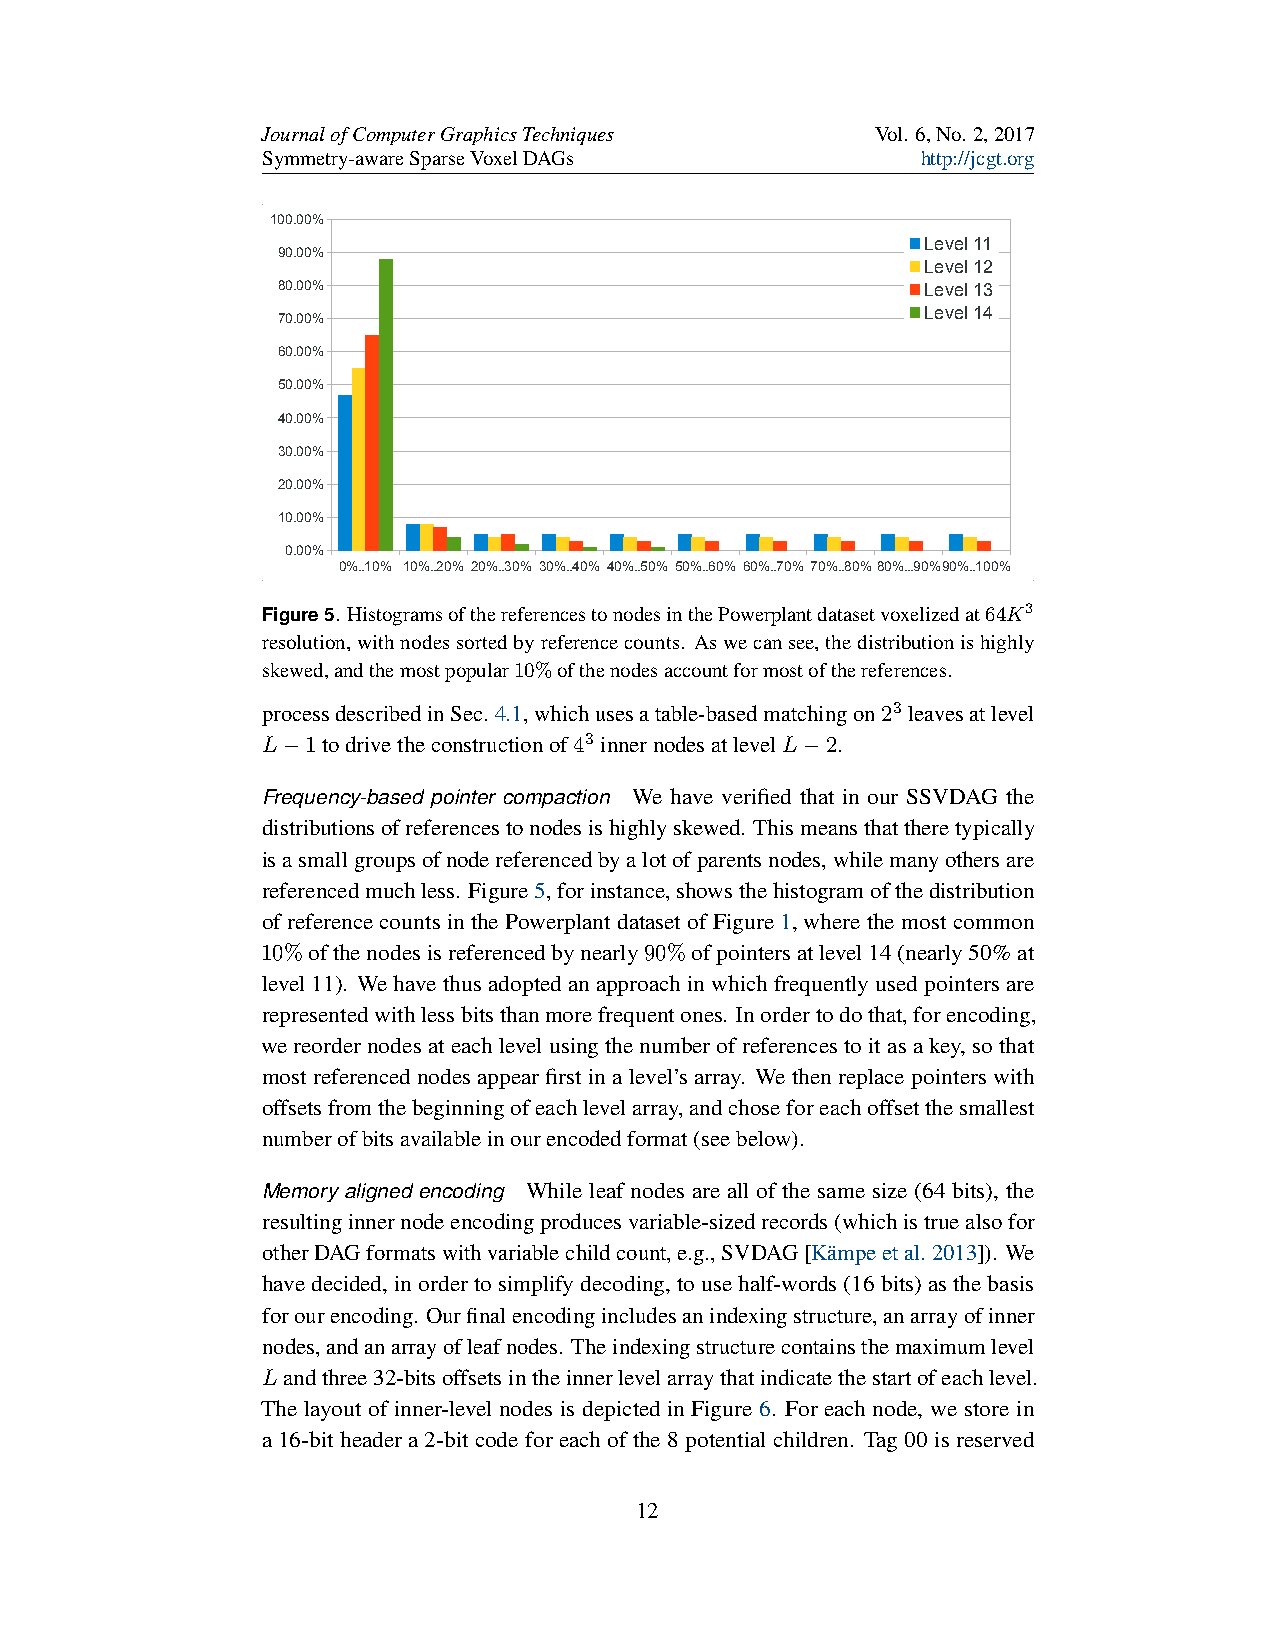
JournalofComputerGraphicsTechniques      Vol. 6,No. 2,2017
 Symmetry-awareSparseVoxelDAGs               http://jcgt.org
 100.00%
 Level 11
 90.00%
 Level 12
 80.00%                                     Level 13
 Level 14
 70.00%
 60.00%
 50.00%
 40.00%
 30.00%
 20.00%
 10.00%
 0.00%
 0%..10% 10%..20% 20%..30% 30%..40% 40%..50% 50%..60% 60%..70% 70%..80%80%...90%90%..100%
 Figure5. HistogramsofthereferencestonodesinthePowerplantdatasetvoxelizedat64K3
 resolution,withnodessortedbyreferencecounts. Aswecansee,thedistributionishighly
 skewed,andthemostpopular10%ofthenodesaccountformostofthereferences.
 processdescribedinSec.4.1,whichusesatable-basedmatchingon23 leavesatlevel
 L−1todrivetheconstructionof43 innernodesatlevelL−2.
 Frequency-based pointer compaction We have verified that in our SSVDAG the
 distributionsofreferencestonodesishighlyskewed. Thismeansthattheretypically
 isasmallgroupsofnodereferencedbyalotofparentsnodes,whilemanyothersare
 referencedmuchless. Figure5,forinstance,showsthehistogramofthedistribution
 of reference counts in the Powerplant dataset of Figure 1, where the most common
 10%ofthenodesisreferencedbynearly90%ofpointersatlevel14(nearly50%at
 level11). Wehavethus adoptedanapproachinwhichfrequentlyusedpointers are
 representedwithlessbitsthanmorefrequentones. Inordertodothat,forencoding,
 wereordernodesateachlevelusingthenumberofreferencestoitasakey, sothat
 most referenced nodes appear first in a level’s array. We then replace pointers with
 offsetsfromthebeginningofeachlevelarray,andchoseforeachoffsetthesmallest
 numberofbitsavailableinourencodedformat(seebelow).
 Memory aligned encoding While leaf nodes are all of the same size (64 bits), the
 resultinginnernodeencodingproducesvariable-sizedrecords(whichistruealsofor
 otherDAGformatswithvariablechildcount,e.g.,SVDAG[Kämpeetal.2013]). We
 havedecided,inordertosimplifydecoding,tousehalf-words(16bits)asthebasis
 forourencoding. Ourfinalencodingincludesanindexingstructure,anarrayofinner
 nodes,andanarrayofleafnodes. Theindexingstructurecontainsthemaximumlevel
 Landthree32-bitsoffsetsintheinnerlevelarraythatindicatethestartofeachlevel.
 The layout of inner-level nodes is depicted in Figure 6. For each node, we store in
 a 16-bit header a 2-bit code for each of the 8 potential children. Tag 00 is reserved
 12